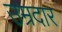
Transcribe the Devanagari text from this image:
उम्रदार